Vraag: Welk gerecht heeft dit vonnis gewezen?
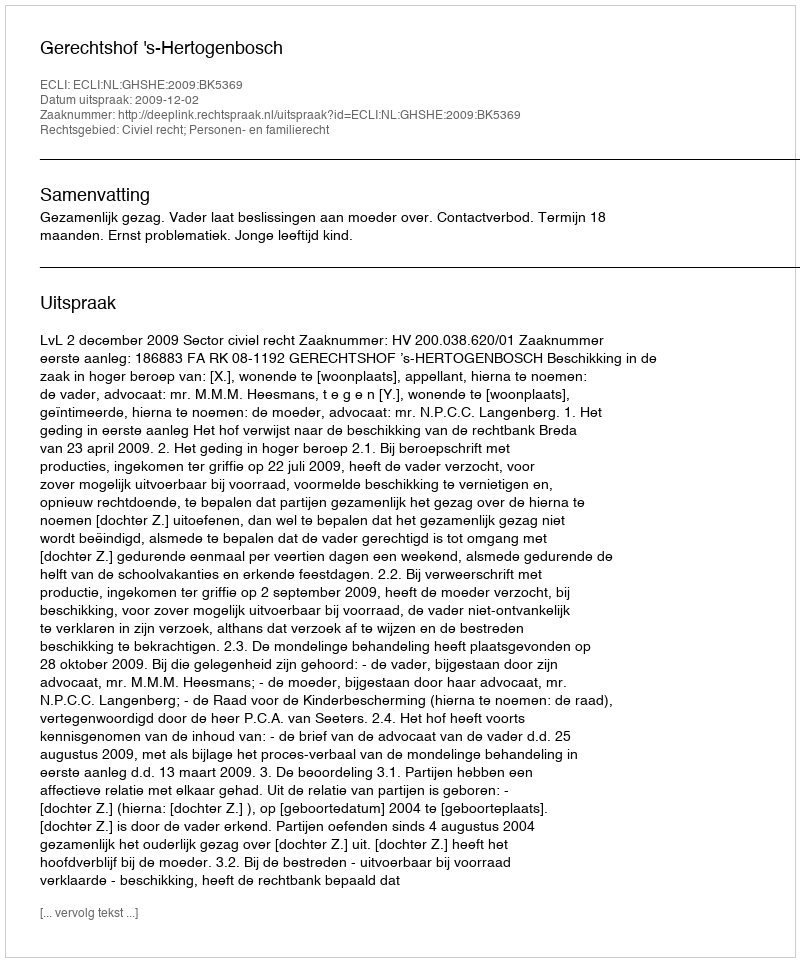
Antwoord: Gerechtshof 's-Hertogenbosch